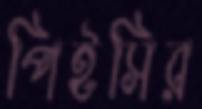
পিইসির